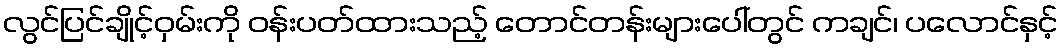
လွင်ပြင်ချိုင့်ဝှမ်းကို ဝန်းပတ်ထားသည့် တောင်တန်းများပေါ်တွင် ကချင်၊ ပလောင်နှင့်